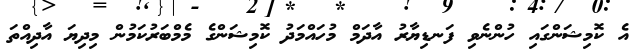
އެ ކޮމިޝަންގައި ހުންނެވި ފަނޑިޔާރު އާދަމް މުހައްމަދު ކޮމިޝަންގެ މެމްބަރުކަމުން މިދިޔަ އާދިއްތަ